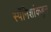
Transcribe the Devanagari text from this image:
स्पॅनिशांकडून